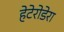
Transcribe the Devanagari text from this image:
हेटेरोडेरा